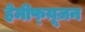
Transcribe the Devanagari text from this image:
हेमीफ्य़ूज़न